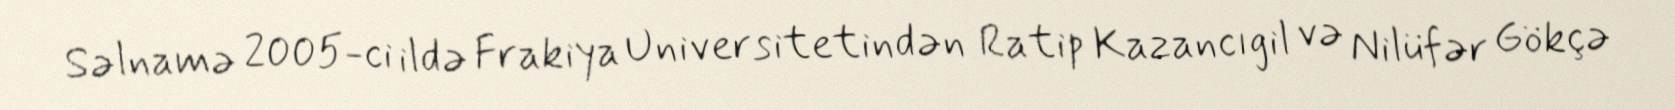
Səlnamə 2005-ci ildə Frakiya Universitetindən Ratip Kazancıgil və Nilüfər Gökçə